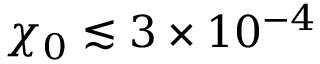
\chi _ { 0 } \lesssim 3 \times 1 0 ^ { - 4 }